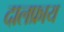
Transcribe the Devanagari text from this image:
दालफ्राय